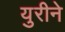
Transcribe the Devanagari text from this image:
युरीने